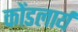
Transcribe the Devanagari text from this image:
कोंडलार्य